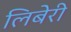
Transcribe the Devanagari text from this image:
लिबेरी